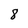
Character: 8